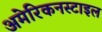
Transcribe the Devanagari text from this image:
अमेरिकनस्टाइल